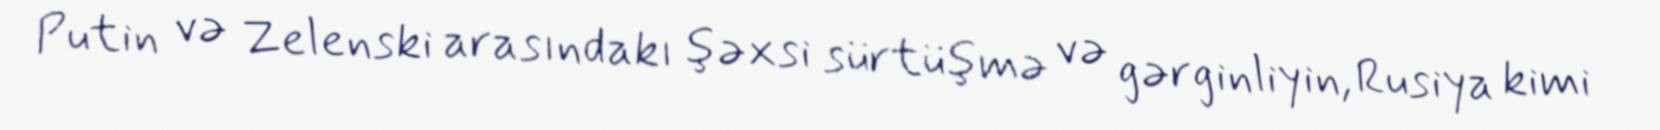
Putin və Zelenski arasındakı şəxsi sürtüşmə və gərginliyin, Rusiya kimi